Vaccination in Burma 1920-1933 - 1920-1933
Year: 1920
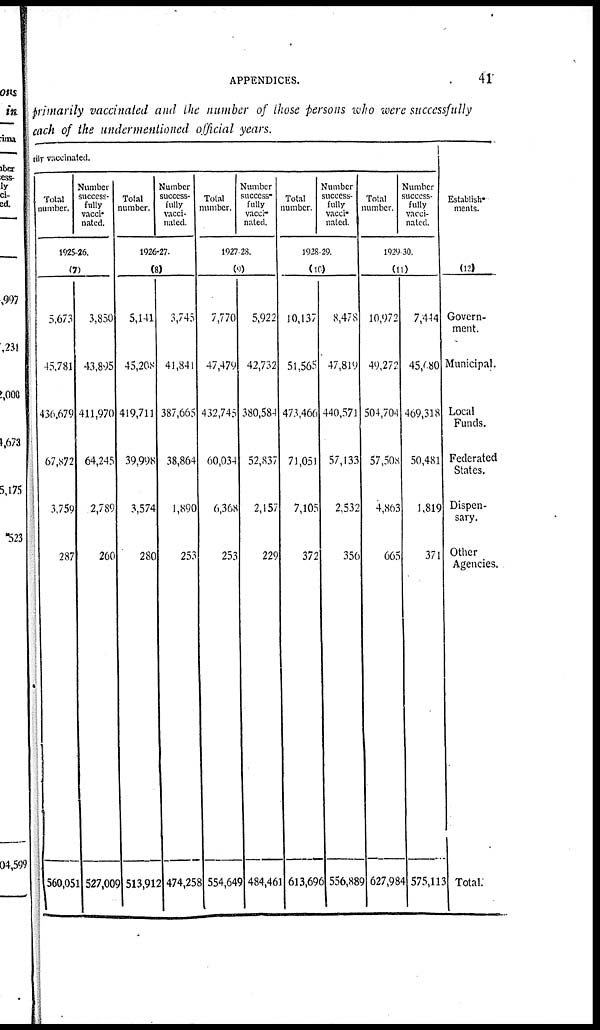
APPENDICES.
41
primarily vaccinated and the number of those persons who were successfully
each of the undermentioned official years.
ily vaccinated.
Total
number.
Number
success-
fully
vacci-
nated.
1925-26.
(7)
5,673
45,781
436,679
67,872
3,759
287
560,051
3,850
43,895
411,970
64,245
2,789
260
527,009
Total
number.
Number
success-
fully
vacci-
nated.
1926-27.
(8)
5,141
45,208
419,711
39,998
3,574
280
513,912
3,745
41,841
387,665
38,864
1,890
253
474,258
Total
number.
Number
success-
fully
vacci-
nated.
1927-28.
(9)
7,770
47,479
432,745
60,034
6,368
253
554,649
5,922
42,732
380,584
52,837
2,157
229
484,461
Total
number.
Number
success-
fully
vacci-
nated.
1928-29.
(10)
10,137
51,565
473,466
71,051
7,105
372
613,696
8,478
47,819
440,571
57,133
2,532
356
556,889
Total
number.
Number
success-
fully
vacci-
nated.
1929-30.
(11)
10,972
49,272
504,704
57,508
4,863
665
627,984
7,444
45,080
409,318
50,481
1,819
371
575,113
Establish-
ments.
(12)
Govern-
ment.
Municipal.
Local
Funds.
Federated
States.
Dispen-
sary.
Other
Agencies.
Total.